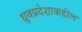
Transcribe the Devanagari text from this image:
ध्रुवप्रदेशाकडील